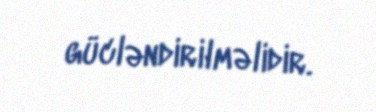
gücləndirilməlidir.